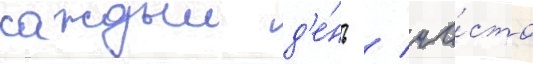
каждыи д'е́нь / ча́сто